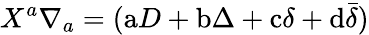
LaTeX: X^{a}\nabla_{a}=(\mathrm{a}D+\mathrm{b}\Delta+\mathrm{c}\delta+\mathrm{d}{\bar{\delta}})